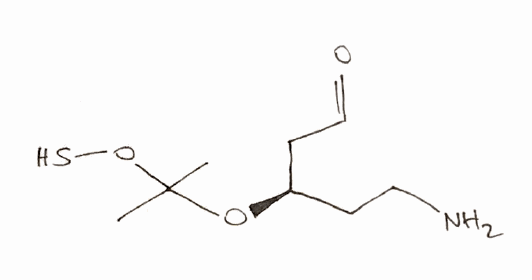
Simplified molecular-input line-entry system (SMILES) notation of the given molecule:
CC(C)(O[C@H](CCN)CC=O)OS